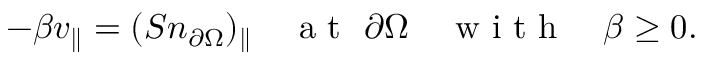
\begin{array} { r } { - \beta v _ { \parallel } = ( S n _ { \partial \Omega } ) _ { \parallel } \quad \mathrm { ~ a ~ t ~ } \ \partial \Omega \quad \mathrm { ~ w ~ i ~ t ~ h ~ } \quad \beta \geq 0 . } \end{array}